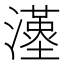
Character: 𤁉